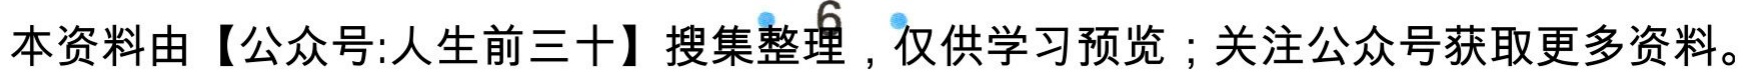
本资料由【公众号:人生前三十】搜集整理，仅供学习预览；关注公众号获取更多资料。